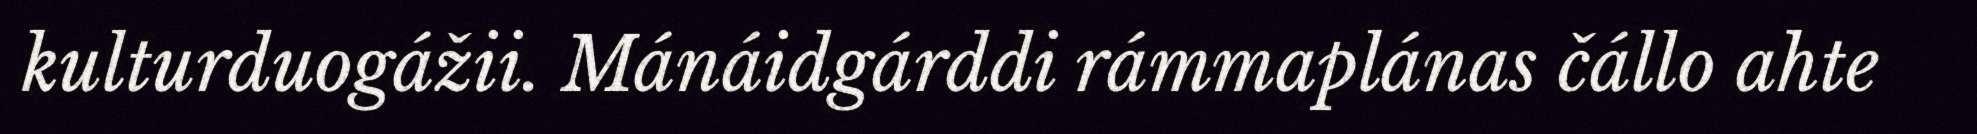
kulturduogážii. Mánáidgárddi rámmaplánas čállo ahte